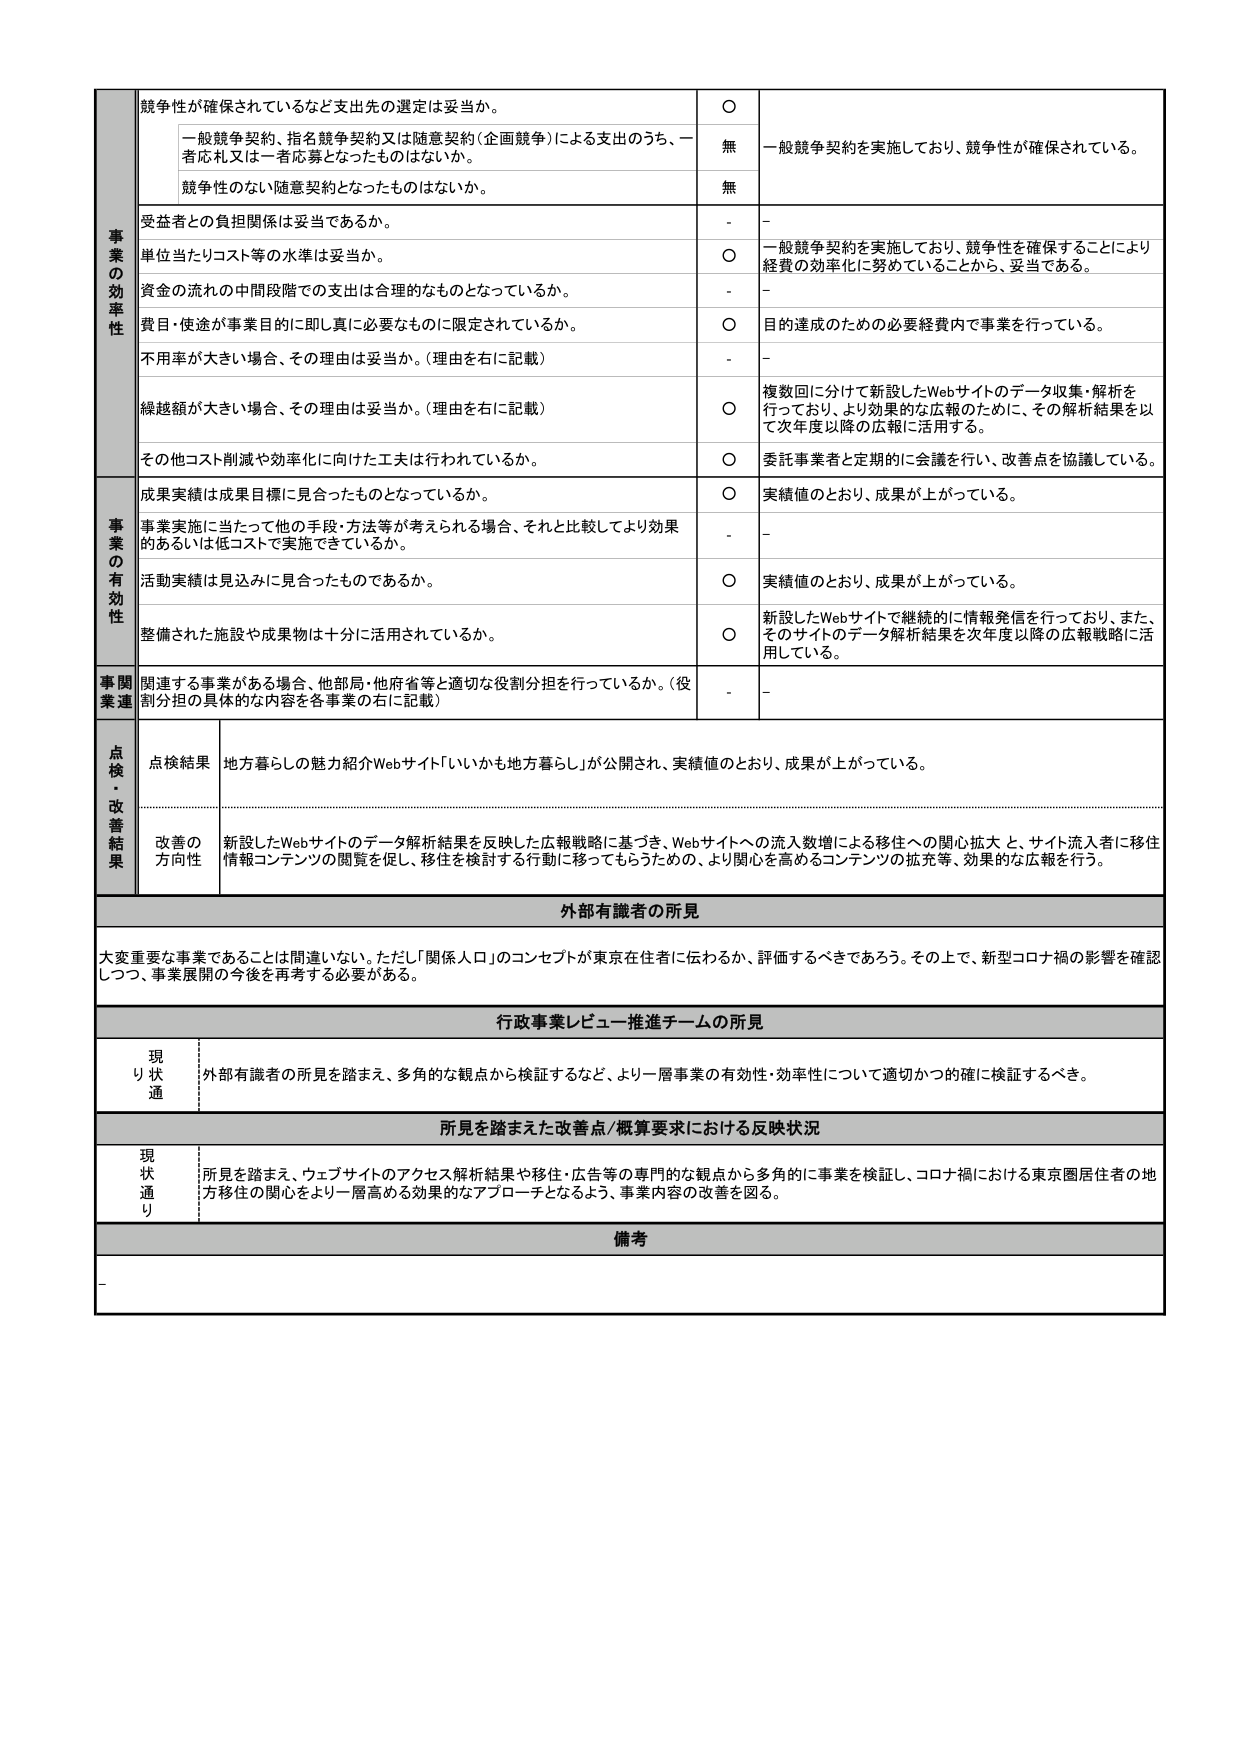
事業の効率性
競争性が確保されているなど支出先の選定は妥当か。
○
一般競争契約、指名競争契約又は随意契約（企画競争）による支出のうち、一者応札又は一者応募となったものはないか。
無
一般競争契約を実施しており、競争性が確保されている。
競争性のない随意契約となったものはないか。
無
受益者との負担関係は妥当であるか。
-
-
単位当たりコスト等の水準は妥当か。
○
一般競争契約を実施しており、競争性を確保することにより経費の効率化に努めていることから、妥当である。
資金の流れの中間段階での支出は合理的なものとなっているか。
-
-
費用・使途が事業目的に即し真に必要なものに限定されているか。
○
目的達成のための必要経費内で事業を行っている。
不用率が大きい場合、その理由は妥当か。（理由を右に記載）
-
-
繰越額が大きい場合、その理由は妥当か。（理由を右に記載）
○
複数回に分けて新設したWebサイトのデータ収集・解析を行っており、より効果的な広報のために、その解析結果を以て次年度以降の広報に活用する。
その他コスト削減や効率化に向けた工夫は行われているか。
○
委託事業者と定期的に会議を行い、改善点を協議している。

事業の有効性
成果実績は成果目標に見合ったものとなっているか。
○
実績値のとおり、成果が上がっている。
事業実施に当たって他の手段・方法等が考えられる場合、それと比較してより効果的あるいは低コストで実施できているか。
-
-
活動実績は見込みに見合ったものであるか。
○
実績値のとおり、成果が上がっている。
整備された施設や成果物は十分に活用されているか。
○
新設したWebサイトで継続的に情報発信を行っており、また、そのサイトのデータ解析結果を次年度以降の広報戦略に活用している。

事関業連
関連する事業がある場合、他部局・他府省等と適切な役割分担を行っているか。（役割分担の具体的な内容を各事業の右に記載）
-
-

点検・改善結果
点検結果
地方暮らしの魅力紹介Webサイト「いいかも地方暮らし」が公開され、実績値のとおり、成果が上がっている。
改善の方向性
新設したWebサイトのデータ解析結果を反映した広報戦略に基づき、Webサイトへの流入数増による移住への関心拡大と、サイト流入者に移住情報コンテンツの閲覧を促し、移住を検討する行動に移ってもらうための、より関心を高めるコンテンツの拡充等、効果的な広報を行う。

外部有識者の所見
大変重要な事業であることは間違いない。ただし「関係人口」のコンセプトが東京在住者に伝わるか、評価するべきであろう。その上で、新型コロナ禍の影響を確認しつつ、事業展開の今後を再考する必要がある。

行政事業レビュー推進チームの所見
現状通り
外部有識者の所見を踏まえ、多角的な観点から検証するなど、より一層事業の有効性・効率性について適切かつ的確に検証するべき。

所見を踏まえた改善点/概算要求における反映状況
現状通り
所見を踏まえ、ウェブサイトのアクセス解析結果や移住・広告等の専門的な観点から多角的に事業を検証し、コロナ禍における東京圏居住者の地方移住の関心をより一層高める効果的なアプローチとなるよう、事業内容の改善を図る。

備考
-